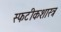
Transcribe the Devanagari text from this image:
स्फटीकशास्त्र